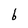
Character: b